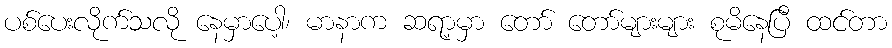
ပစ်ပေးလိုက်သလို နေမှာပေါ့၊ မာနာက ဆရာ့မှာ တော် တော်များများ စုမိနေပြီ ထင်တာ